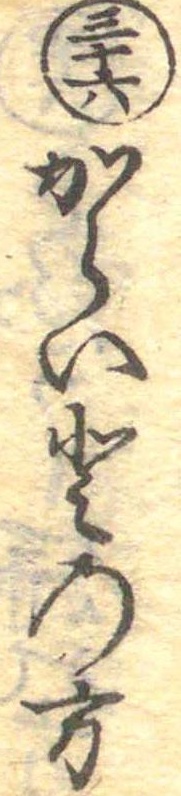
三十六からいとの方